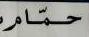
حمام